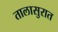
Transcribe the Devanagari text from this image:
तालासुरात